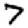
Digit: 7